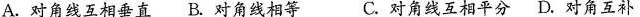
A.对角线互相垂直 B.对角线相等 C.对角线互相平分 D.对角互补